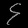
Digit: ၄